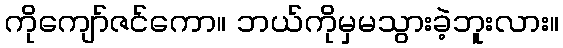
ကိုကျော်ဇင်ကော။ ဘယ်ကိုမှမသွားခဲ့ဘူးလား။